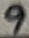
Text: 9